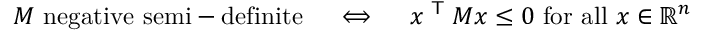
M { \mathrm { ~ n e g a t i v e ~ s e m i - d e f i n i t e } } \quad \iff \quad x ^ { \textsf { T } } M x \leq 0 { \mathrm { ~ f o r ~ a l l ~ } } x \in \mathbb { R } ^ { n }